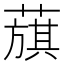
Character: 𦻬